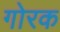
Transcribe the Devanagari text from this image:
गोरक